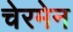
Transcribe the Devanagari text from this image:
चेरमेन